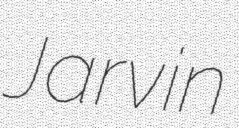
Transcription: Jarvin